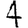
Digit: 4